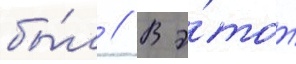
бы́л // В э́тот